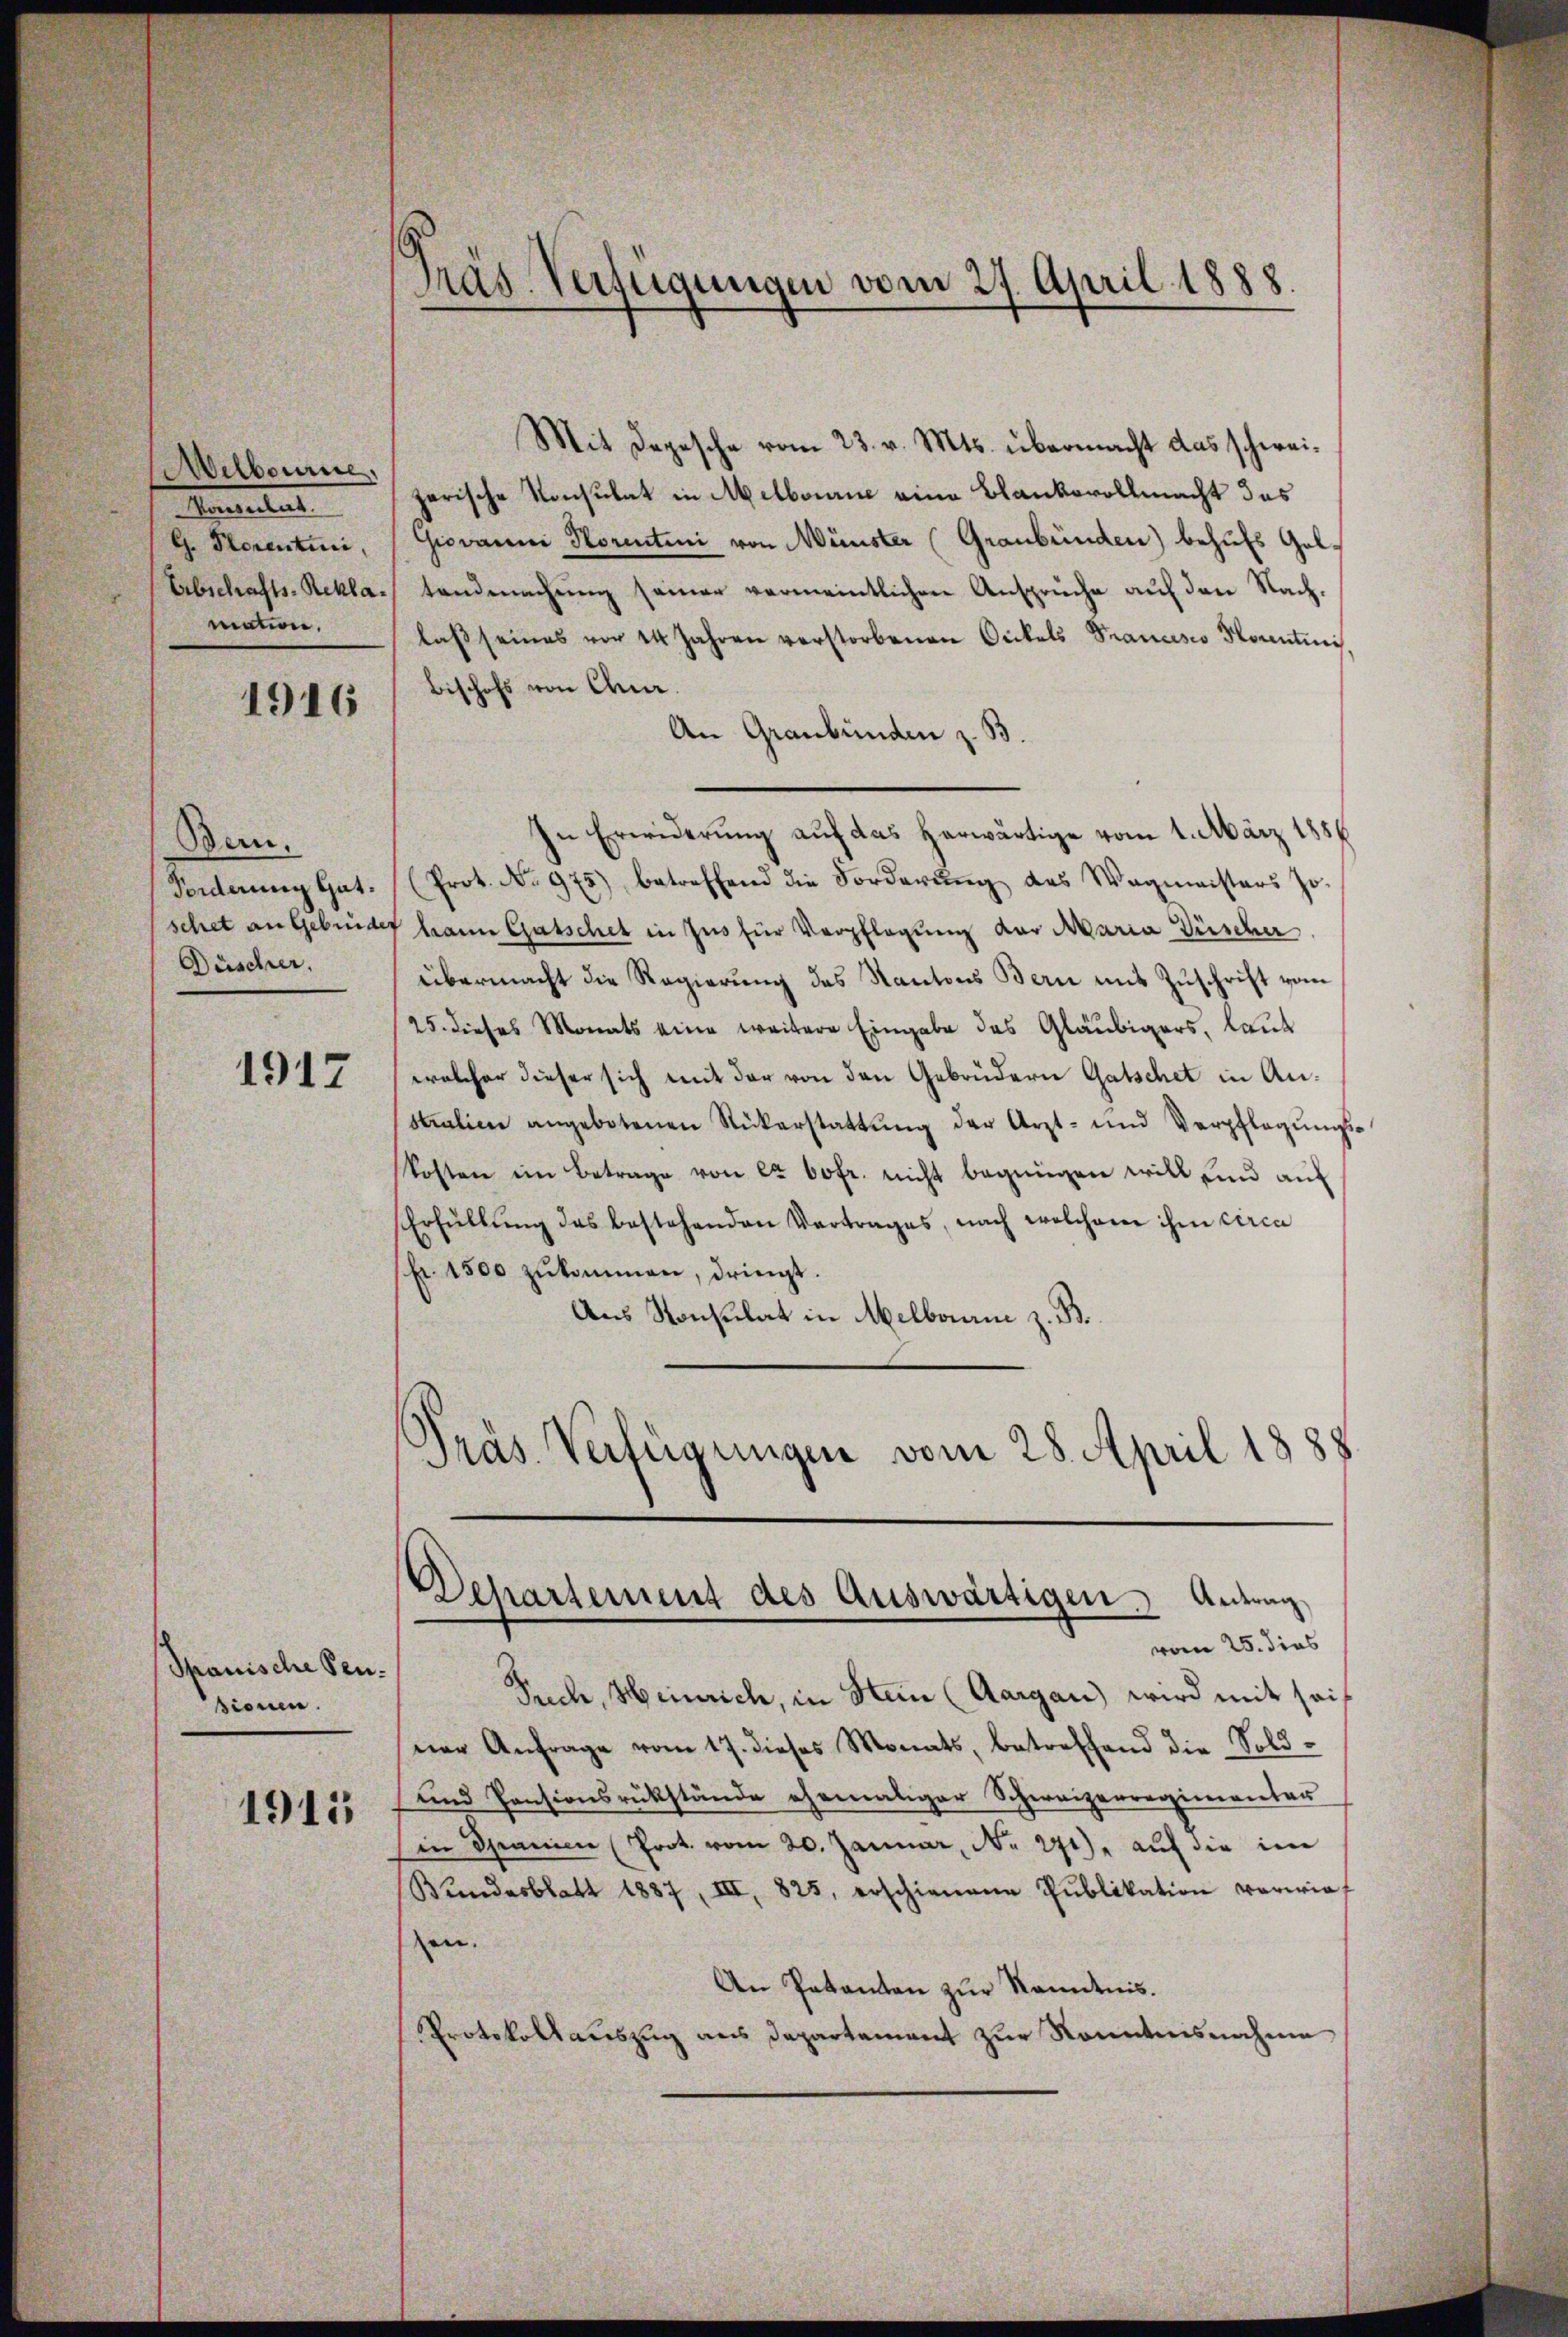
Melbourie
Anleiter
G. Storentini,
Erbschafts-Reklamation.

1916

Bern.
Forderung Gatschet an Gebrüde
Düscher.

1917

Thauische Pensionen.

1915

Gras Verfügungen vom 27. April 1888.

Mit Depesche vom 23. v. Mts. übermacht das schweizerische Konsulat in Melbourne eine Blankovollmacht das
Giovanni Horentini von Münster Graubünden) behufs Geltendmachung seiner vermeintlichen Anspruche auf den Nachlaß seines vor 14 Jahren verstorbenen Orckals Prancisco Hocentini
Bischofs von Chur.
An Graubünden z. B.
In Erwiderung auf das herwärtige vom 1. März 1856
(Prot. No 975) betreffend die Forderŭng des Wagmeisters Jo-
hann Gatschet in Ins für Verpflegung der Maria Düscher
übermacht die Regierung des Kantons Bern mit Zuschrift vom
25. dieses Monats eine weitere Eingabe des Gläubigers, laut
welcher dieser sich mit der von den Gebrüdern Gatschet in Anstralien angebotenen Rükerstattŭng der Arzt- und Verpflegŭngs-
kosten im Betrage von ca 60fr. nicht begnügen will und auf
Erfüllŭng das bestehenden Vertrages, nach welchem ihm circa
(fr. 1500 zŭkommen, dringt.
Aus Konsulat in Melbonne z. B.
Präs. Verfügungen vom 28. April 1888.

Suech, Heinrich, in Stein (Aargau) wird mit seiner Anfrage vom 17. dieses Monats, betreffend die Sold¬
und Pensionsrükstände ehemaliger Schweizerregimenter
in Spanien (Prot. vom 20. Januar, N. 271), auf die im
Bundesblatt 1887, III, 825. erschienene Pŭblikation vorwie-
en.
An Patanten zur Kenntnis.
Protokollsauszug aus Departement zur Kenntnisnahme.

Departement des Auswärtigen. Antrag
vom 25. dies